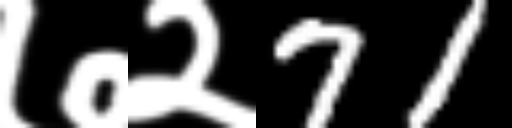
Text: ७२71